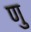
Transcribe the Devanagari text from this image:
णु